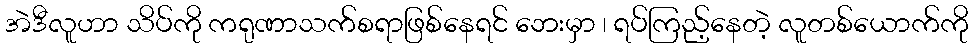
အဲဒီလူဟာ သိပ်ကို ကရုဏာသက်စရာဖြစ်နေရင် ဘေးမှာ ၊ ရပ်ကြည့်နေတဲ့ လူတစ်ယောက်ကို